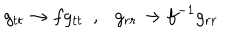
LaTeX: g _ { t t } \rightarrow f g _ { t t } ~ ~ , g _ { r r } \rightarrow f ^ { - 1 } g _ { r r }